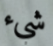
شيء